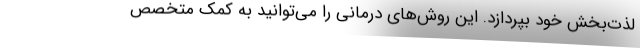
لذت‌بخش خود بپردازد. این روش‌های درمانی را می‌توانید به کمک متخصص